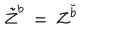
LaTeX: \tilde { Z } ^ { b } \, = \, Z ^ { \tilde { b } }